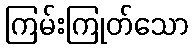
ကြမ်းကြုတ်သော